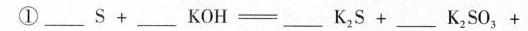
① $$___ S + ___ K O H = ___ K _ { 2 } S + ___ K _ { 2 } S O _ { 3 } +